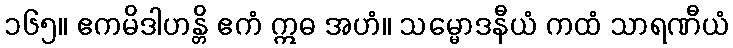
၁၆၅။ ဧကမိဒါဟန္တိ ဧကံ ဣဓ အဟံ။ သမ္မောဒနီယံ ကထံ သာရဏီယံ